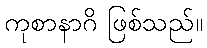
ကုစာနာဂိ ဖြစ်သည်။